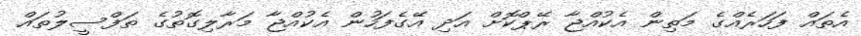
އެތައް ފަހަރެއްގެ މަތިން އެކުއްޖާ ރޭޕްކޮށް އަދި އޭގެފަހުން އެކުއްޖާ މަރާލިގޮތުގެ ތަފްސީލުތައް